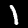
Label: 1